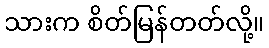
သားက စိတ်မြန်တတ်လို့။